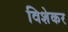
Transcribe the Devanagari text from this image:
विशेकर